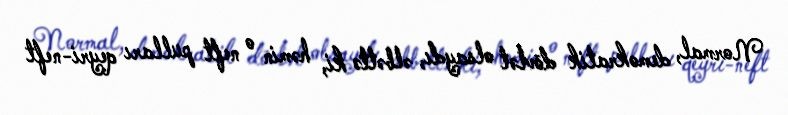
Normal, demokratik dövlət olsaydı, əlbəttə ki, həmin o neft pulları qeyri-neft